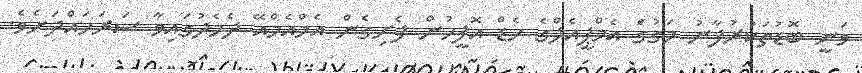
ވަނީ ބޮޑުތަކުރުފާނު މަގުގަެ އެމްޕީއެލްގެ ހެޑް އޮފީހުން ފެށިގެން އެމްއެމްއޭ ދެމެދުގައިވާ ސަރަހައްދަށެވެ.